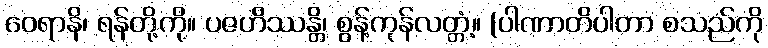
ဝေရာနိ၊ ရန်တို့ကို။ ပဇဟိဿန္တိ၊ စွန့်ကုန်လတ္တံ့။ (ပါဏာတိပါတာ စသည်ကို